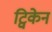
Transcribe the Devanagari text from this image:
ट्विकेन